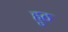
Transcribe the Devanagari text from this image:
हुठ